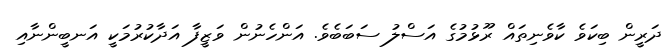
ދަރީން ބިކަވެ ކާވެނިތައް ރޫޅުމުގެ އަސްލު ސަބަބެވެ. އަންހެނުން ވަޒީފާ އަދާކުރުމަކީ އަނބީންނާއި